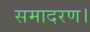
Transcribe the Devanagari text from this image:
समादरण।